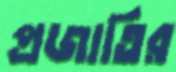
প্রজাতির